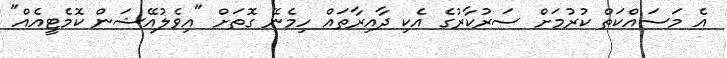
އެ މަސައްކަތް ކުރުމަށް ސަރުކާރުގެ އެކި ދާއިރާތައް ހިމެނޭ ގޮތަށް "އިވެލުއޭޝަން ކޮމެޓީއެއް"